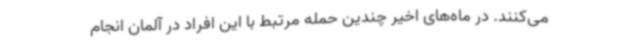
می‌کنند. در ماه‌های اخیر چندین حمله مرتبط با این افراد در آلمان انجام